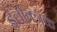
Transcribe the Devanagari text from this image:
ईलेक्त्रिक